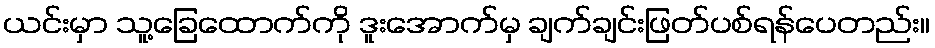
ယင်းမှာ သူ့ခြေထောက်ကို ဒူးအောက်မှ ချက်ချင်းဖြတ်ပစ်ရန်ပေတည်း။